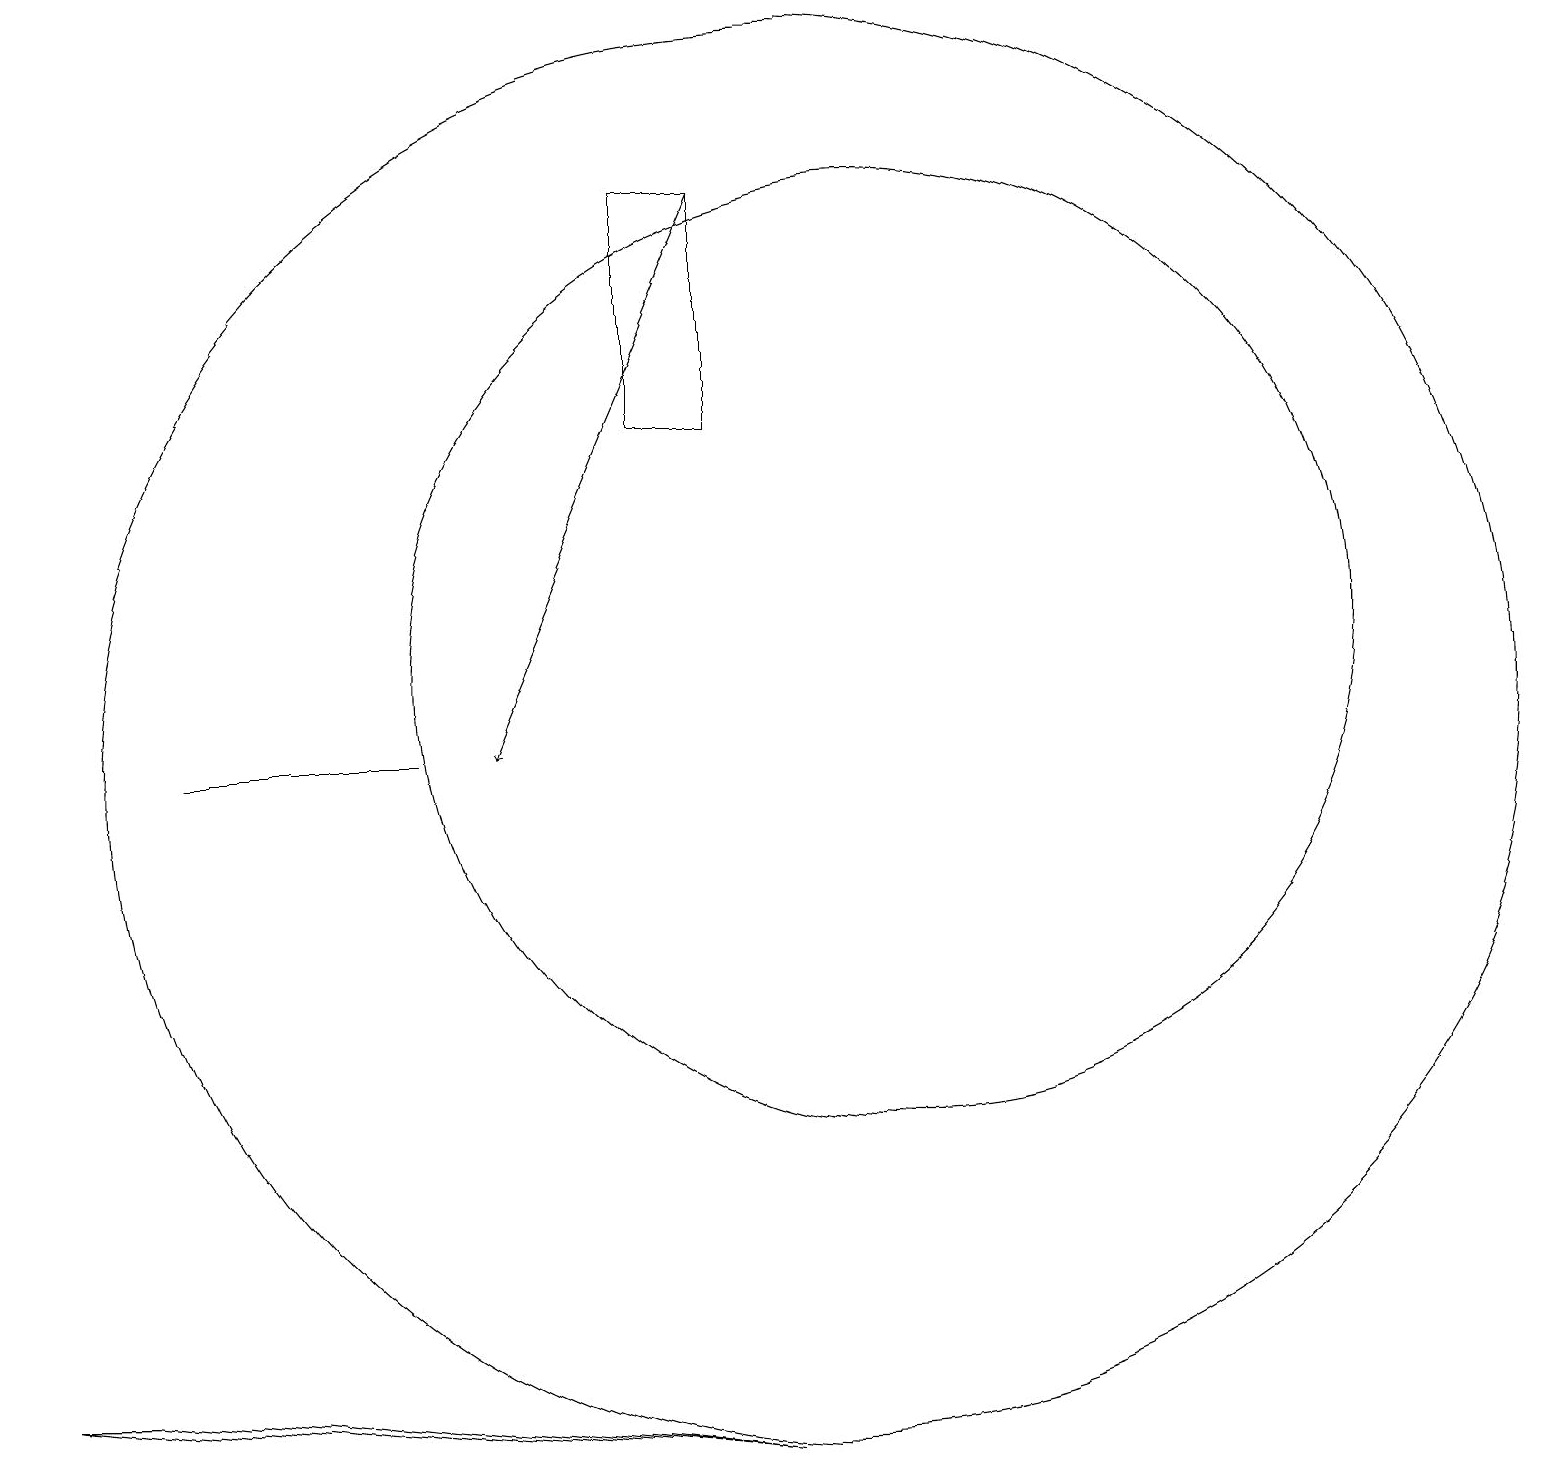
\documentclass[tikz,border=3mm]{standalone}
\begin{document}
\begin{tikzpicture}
\draw[->] (9,17) -- (6,10);
\draw (2,10) rectangle (5,10);
\draw (10,10) circle (9);
\draw (8,14) rectangle (9,17);
\draw (11,11) circle (6);
\draw (1,2) -- (0,2) -- (9,1) -- cycle;
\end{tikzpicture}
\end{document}